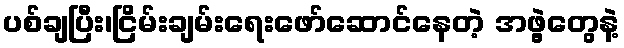
ပစ်ချပြီး၊ငြိမ်းချမ်းရေးဖော်ဆောင်နေတဲ့ အဖွဲ့တွေနဲ့